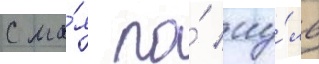
С ма́я по́ иу́ль